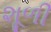
શૂળી